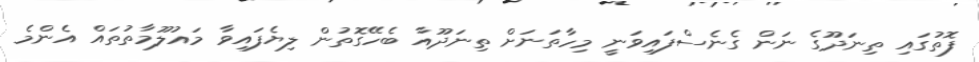
ފޮތުގައި ތިނަދޫގެ ނަން ގެނެސްފައިވަނީ މިހާތަނަށް ތިނަދޫއާ ބެހޭގޮތުން ލިޔެފައިވާ މައުލޫމާތުތައް އެންމެ